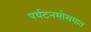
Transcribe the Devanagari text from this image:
पर्यटनमोसमात